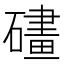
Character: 𱴵